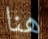
هنا